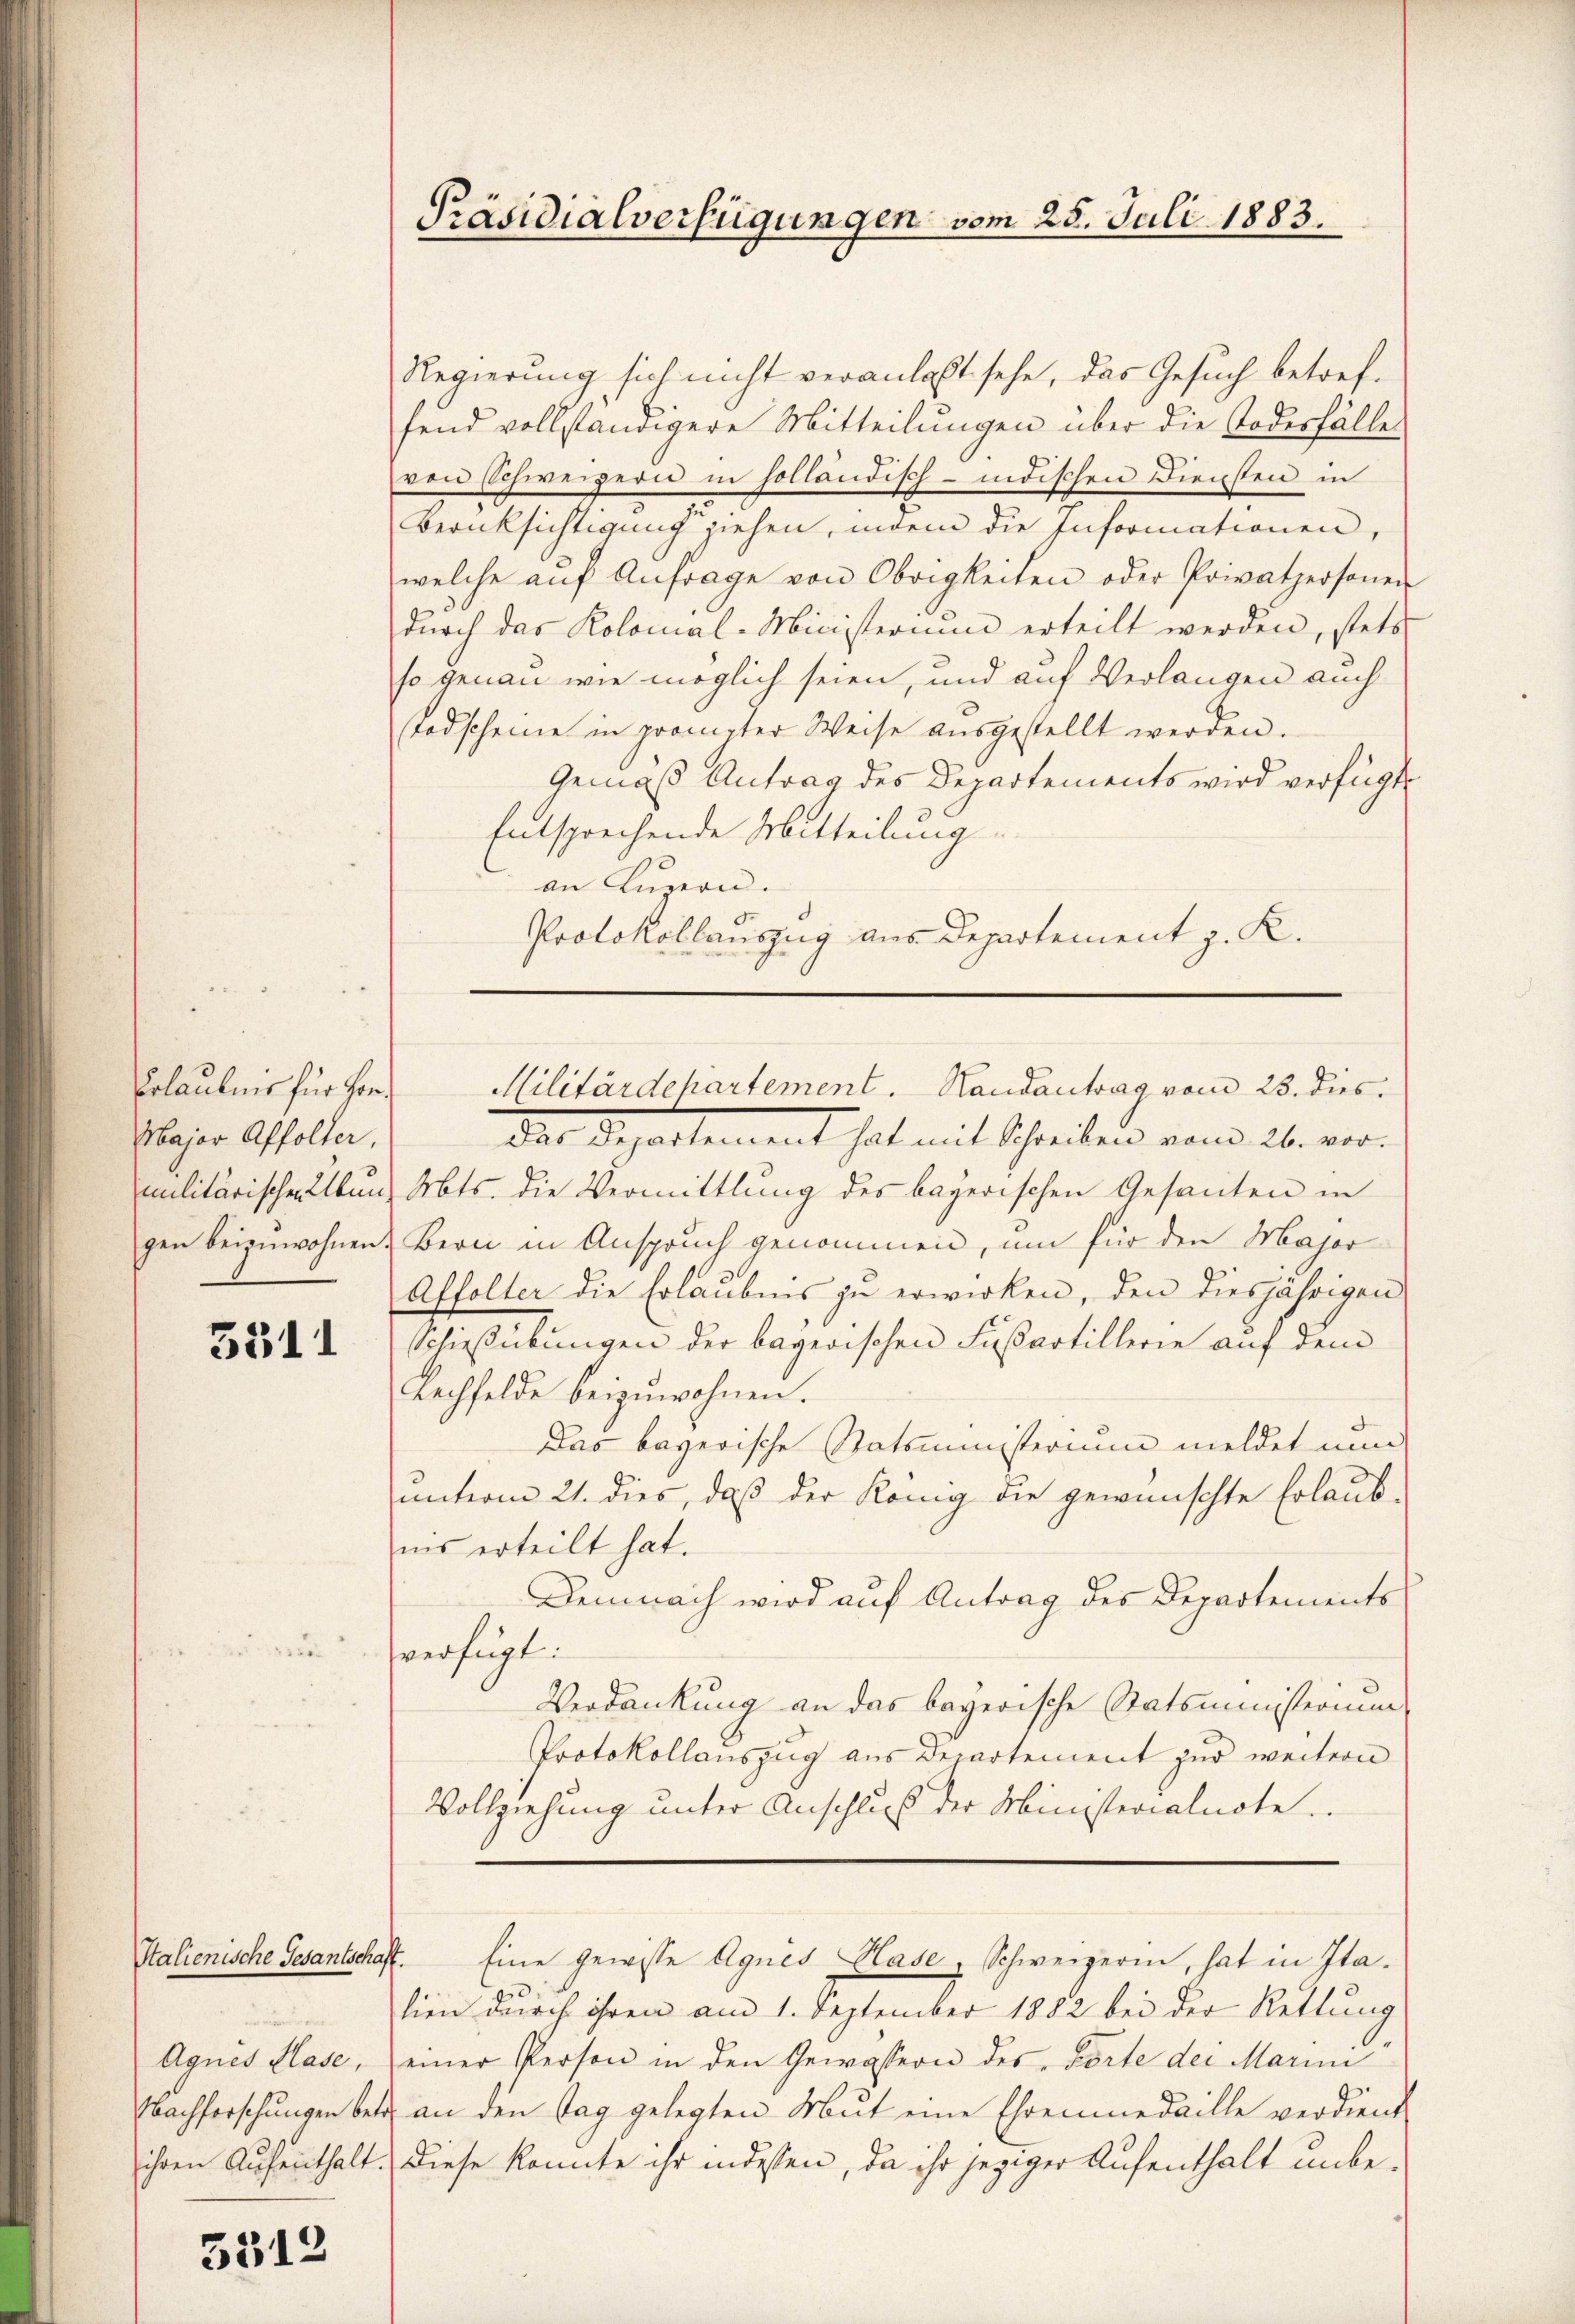
Erlaubnis für Hon¬
Major Affolter,
gen beizuwohnen.

5311

Stalienische Gesantschaft.
Agnes Klase,
Nachforschungen betr.
ihren Aufenthalt.

5312

Regierung sich nicht veranlaßt sehe, das Gesuch betreffend vollständigere Mitteilungen über die Todesfälle
von Schweizern in holländisch-indischen Diensten in
Berücksichtigung ziehen, indem die Informationen,
welche aŭf Anfrage von Obrigkeiten oder Privatpersonen
dŭrch das Kolomal-Ministerium erteilt werden, stets
so genau wie möglich seien, und auf Verlangen auch
Todscheine in prompter Weise ausgestellt werden.
Gemäß Antrag des Departements wird verfügt,
Entsprechende Mitteilung
an Luzern.
Protokollauszug aus Departement z. K.

Präsidialverfügungen vom 28. Juli 1883.

des Departement hat mit Schreiben vom 26. vor-
militärischen Übung Abts. die Vermittlung des bayerischen Gesanten in
Bern in Anspruch genommen, um für den Major
Affolter die Erlaubnis zu erwirken, den diesjährigen
Schießübungen der bayerischen Fußartillerie auf dem
Kechfelde beizuwohnen.
Das bayerische Statsministerium meldet nun
unterm 21. dies, daß der König die gewünschte Erlaub-
ins erteilt hat.
Demnach wird auf Antrag des Departements
verfügt:
Verdankung an das bayerische Statsministerium
Protokollauszug aus Departement zur weitern
Vollziehung unter Anschluß der Ministerialnote.
Eine gewisse Agnes Plase, Schweizerin, hat in Itasien durch ihren am 1. September 1882 bei der Rettung
einer Person in den Gewässern des Vorte der Marini
an den Tag gelegten Mut eine Ehrenmedaille verdient
Diese konnte ihr indessen, da ihr jeziger Aufenthalt unbe¬

Militärdepartement. Handantrag vom 23. dies